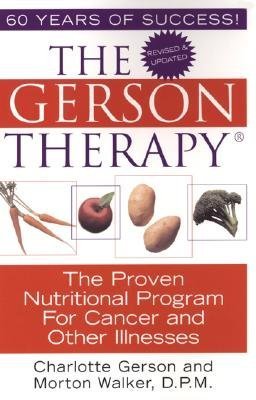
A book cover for The Gerson Therapy: The Amazing Nutritional Program for Cancer and Other Illnesses [GERSON THERAPY REVISED AND UP]; Health, Fitness & Dieting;